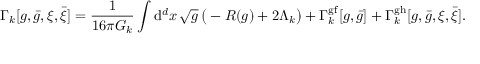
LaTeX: \Gamma _ { k } [ g , { \bar { g } } , \xi , { \bar { \xi } } ] = { \frac { 1 } { 1 6 \pi G _ { k } } } \int { \mathrm { d } } ^ { d } x \, { \sqrt { g } } \, { \big ( } - R ( g ) + 2 \Lambda _ { k } { \big ) } + \Gamma _ { k } ^ { \mathrm { g f } } [ g , { \bar { g } } ] + \Gamma _ { k } ^ { \mathrm { g h } } [ g , { \bar { g } } , \xi , { \bar { \xi } } ] .